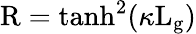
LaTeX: \mathrm{R}=\mathrm{tanh}^{2}(\kappa\mathrm{L_{g}})